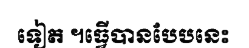
ទៀត ។ធ្វើបានបែបនេះ